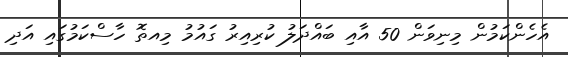
އެހެންކަމުން މިނިވަން 50 އާއި ބައްދަލު ކުރިއިރު ގައުމު މިއތޮ ހާސްކަމުގައި އަދި